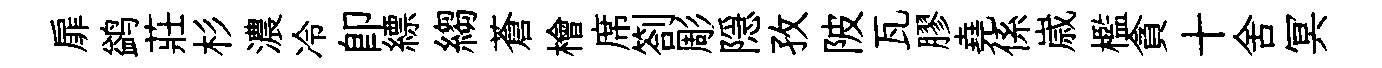
扉鹢莊杉濃冷即縹縐蒼檜席劄彫隠孜陂瓦膠堯係𡻕檻貪十舍冥